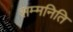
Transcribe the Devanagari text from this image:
सम्मनिति